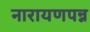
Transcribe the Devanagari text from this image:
नारायणपन्न